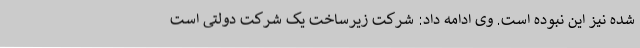
شده نیز این نبوده است. وی ادامه داد: شرکت زیرساخت یک شرکت دولتی است